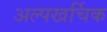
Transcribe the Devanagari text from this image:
अल्पखर्चिक